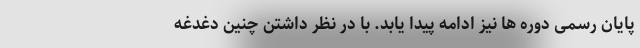
پایان رسمی دوره ها نیز ادامه پیدا یابد. با در نظر داشتن چنین دغدغه